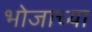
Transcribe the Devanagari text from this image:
भोजाच्या